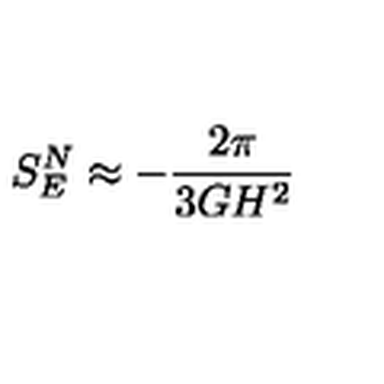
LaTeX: S _ { E } ^ { N } \approx - { \frac { 2 \pi } { 3 G H ^ { 2 } } }